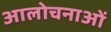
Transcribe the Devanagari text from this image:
आलोचनाआें